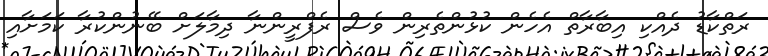
ރަތްކާޑު ދެއްކި އިބާރާތް އެހެން ކުޅުންތެރިން ވެސް ރެފްރީންނާ ދިމާލަށް ބޭނުންކުރާ ކަމަށާއި